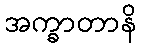
အက္ခာတာနိ